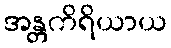
အန္တကိရိယာယ